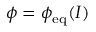
\phi = \phi _ { \mathrm { e q } } ( I )